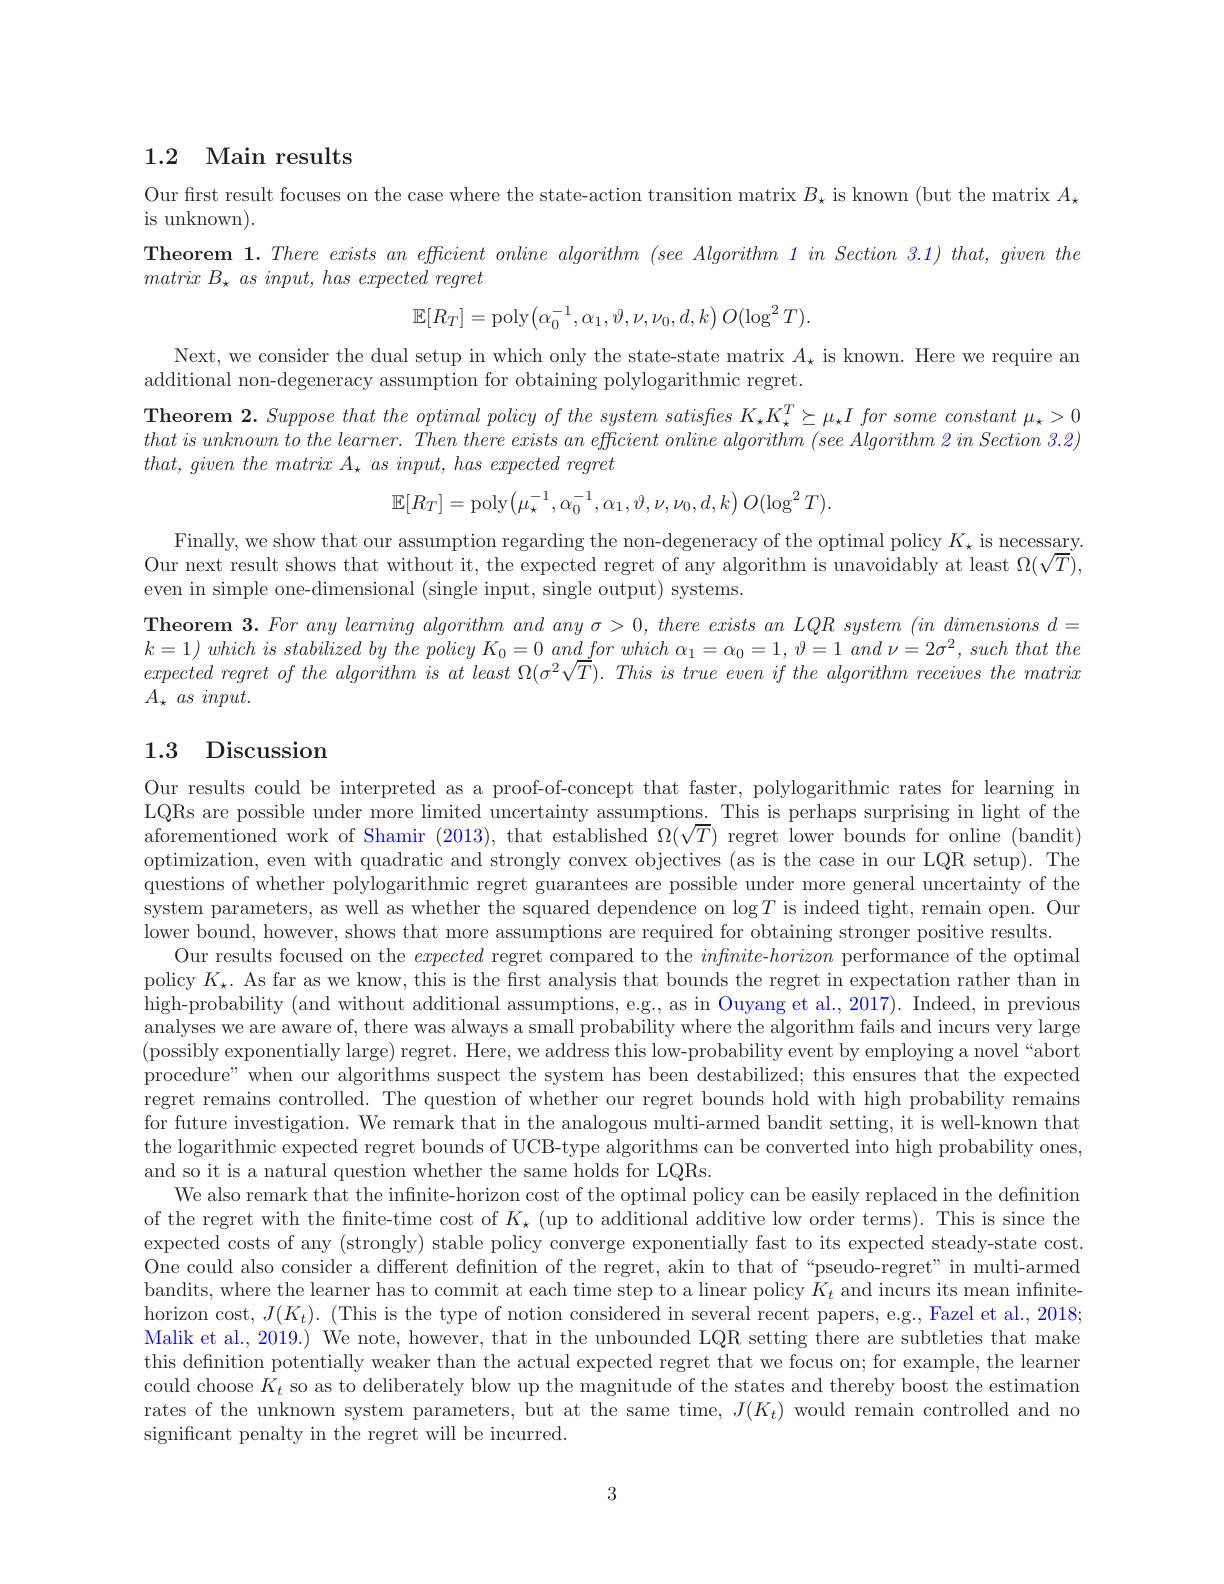
## 1.2 Main results

Our first result focuses on the case where the state-action transition matrix $B_\star$ is known (but the matrix $A_\star$
is unknown).
Theorem $1. \textit{There exists an efficient online algorithm }( see\textit{Algorithm 1 in Section 3. 1) that, given the}$
matrix $B_\star$ $as$ $input$, has expected regret
$$\mathbb{E}[R_T]=\mathrm{poly}\big(\alpha_0^{-1},\alpha_1,\vartheta,\nu,\nu_0,d,k\big)O(\log^2T).$$
Next, we consider the dual setup in which only the state-state matrix $A_\star$ is known. Here we require an
additional non-degeneracy assumption for obtaining polylogarithmic regret.
$thatisunknowntothelearmer.Thenthereexistsanefficientonlinealgorithm~(seeAlgorithm~2in~Section~3.2)$ $that$, given the matrix $A_\star$ $as$ $input$, has expected regret
$$\mathbb{E}[R_T]=\mathrm{poly}\big(\mu_\star^{-1},\alpha_0^{-1},\alpha_1,\vartheta,\nu,\nu_0,d,k\big)\:O(\log^2T).$$
Finally, we show that our assumption regarding the non-degeneracy of the optimal policy $K_{\star}$ is necessary. Our next result shows that without it, the expected regret of any algorithm is unavoidably at least $\Omega(\sqrt T)$, even in simple one-dimensional (single input, single output) systems.

Theorem $3. Forany\textit{learning algorithm and any }\sigma > 0, there\textit{ exists an LQR system ( in dimensions d = }$ $k=1)which~is~stabilized~by~the~policy~K_0=0~and~for~which~\alpha_1=\alpha_0=1,~\vartheta=1~and~\nu=2\sigma^2,~such~that~the$ expected regret of the algorithm is at least $\Omega ( \sigma ^2\sqrt {T}) . \textit{ This is true even if the algorithm receives the matrix}$ $A_{\star }$ $as$ $input.$

## 1.3 Discussion

Our results could be interpreted as a proof-of-concept that faster, polylogarithmic rates for learning in LQRs are possible under more limited uncertainty assumptions. This is perhaps surprising in light of the aforementioned work of Shamir (2013), that established $\Omega(\sqrt{T})$ regret lower bounds for online (bandit) optimization, even with quadratic and strongly convex objectives (as is the case in our LQR setup). The questions of whether polylogarithmic regret guarantees are possible under more general uncertainty of the system parameters, as well as whether the squared dependence on $\log T$ is indeed tight, remain open. Our lower bound, however, shows that more assumptions are required for obtaining stronger positive results.
Our results focused on the expected regret compared to the infinite-horizon performance of the optimal policy $K_\star.$ As far as we know, this is the first analysis that bounds the regret in expectation rather than in high-probability (and without additional assumptions, e.g., as in Ouyang et al., 2017). Indeed, in previous analyses we are aware of, there was always a small probability where the algorithm fails and incurs very large (possibly exponentially large) regret. Here, we address this low-probability event by employing a novel “abort procedure" when our algorithms suspect the system has been destabilized; this ensures that the expected regret remains controlled. The question of whether our regret bounds hold with high probability remains for future investigation. We remark that in the analogous multi-armed bandit setting, it is well-known that the logarithmic expected regret bounds of UCB-type algorithms can be converted into high probability ones, and so it is a natural question whether the same holds for LQRs.
We also remark that the infinite-horizon cost of the optimal policy can be easily replaced in the definition of the regret with the fnite-time cost of $K_\star$ $( up to additional additive low order terms) . This is since the the the the regret with the finite- time cost of K_\star ( up to additional additive low order terms) . This is since the the th the regret with the f$ expected costs of any (strongly) stable policy converge exponentially fast to its expected steady-state cost. One could also consider a different definition of the regret, akin to that of “pseudo-regret” in multi-armed bandits, where the learner has to commit at each time step to a linear policy $K_t$ and incurs its mean infinitehorizon cost, $J(K_t).$ (This is the type of notion considered in several recent papers, e.g., Fazel et al., 2018; Malik et al., 2019.) We note, however, that in the unbounded LQR setting there are subtleties that make this defnition potentially weaker than the actual expected regret that we focus on; for example, the learner could choose $K_t$ so as to deliberately blow up the magnitude of the states and thereby boost the estimation rates of the unknown system parameters, but at the same time, $J(K_t)$ would remain controlled and no significant penalty in the regret will be incurred.

3